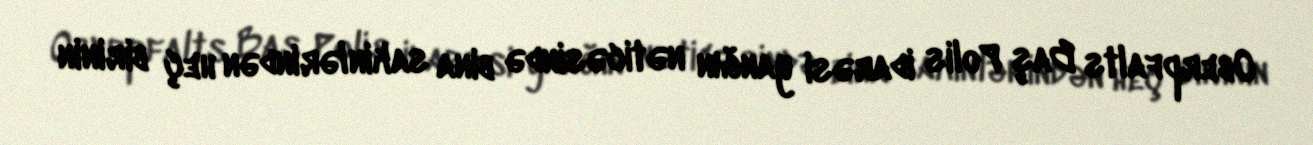
Oberpfalts Baş Polis idarəsi yanğın nəticəsində bina sakinlərindən heç birinin